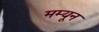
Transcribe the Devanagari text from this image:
मम्यून